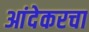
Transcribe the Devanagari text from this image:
आंदेकरचा